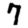
Digit: 7